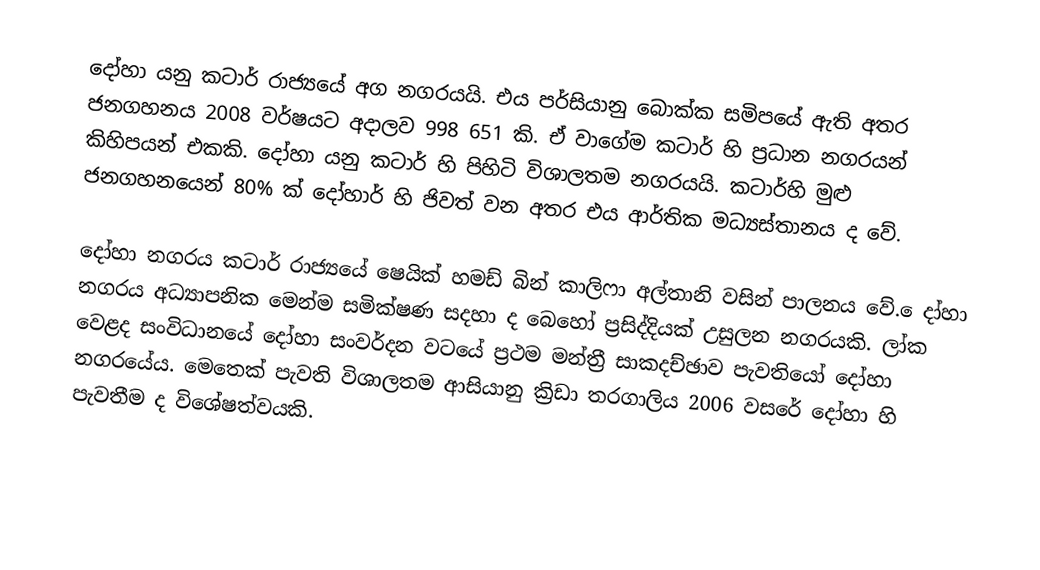
දෝහා යනු කටාර් රාජ්‍යයේ අග නගරයයි. එය පර්සියානු බොක්ක සමිපයේ ඇති අතර ජනගහනය 2008 වර්ෂයට අදාලව 998 651 කි. ඒ වාගේම කටාර් හි ප්‍රධාන නගරයන් කිහිපයන් එකකි. දෝහා යනු කටාර් හි පිහිටි විශාලතම නගරයයි. කටාර්හි මුළු ජනගහනයෙන් 80% ක් ‍දෝහාර් හි ජිවත් වන අතර එය ආර්තික මධ්‍යස්තානය ද වේ.

දෝහා නගරය කටාර් රාජ්‍යයේ ෂෙයික් හමඩ් බින් කාලිෆා අල්තානි වසින් පාලනය වේ. ‍ෙදා්හා නගරය අධ්‍යාපනික මෙන්ම සමික්ෂණ සදහා ද බෙහෝ ප්‍රසිද්දියක් උසුලන නගරයකි. ලා්ක වෙළද සංවිධානයේ දෝහා සංවර්දන වටයේ ප්‍රථම මන්ත්‍රී සාකදච්ඡාව පැවතියෝ දෝහා නගරයේය. මෙතෙක් පැවති විශාලතම ආසියානු ක්‍රිඩා තරගාලිය 2006 වසරේ දෝහා හි පැවතීම ද විශේෂත්වයකි.